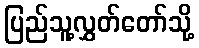
ပြည်သူ့လွှတ်တော်သို့